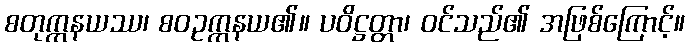
စတုက္ကနယဿ၊ စဝဥက္ကနယ၏။ ပဝိဋ္ဌတ္တာ၊ ဝင်သည်၏ အဖြစ်ကြောင့်။